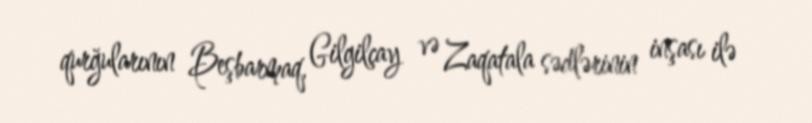
qurğularının Beşbarmaq, Gilgilçay və Zaqatala sədlərinin inşası ilə